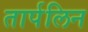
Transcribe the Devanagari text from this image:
तार्पलिन